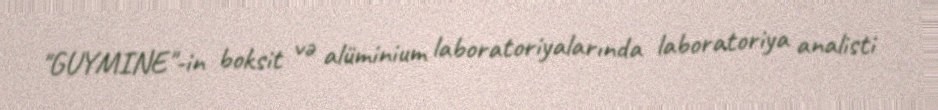
"GUYMINE"-in boksit və alüminium laboratoriyalarında laboratoriya analisti